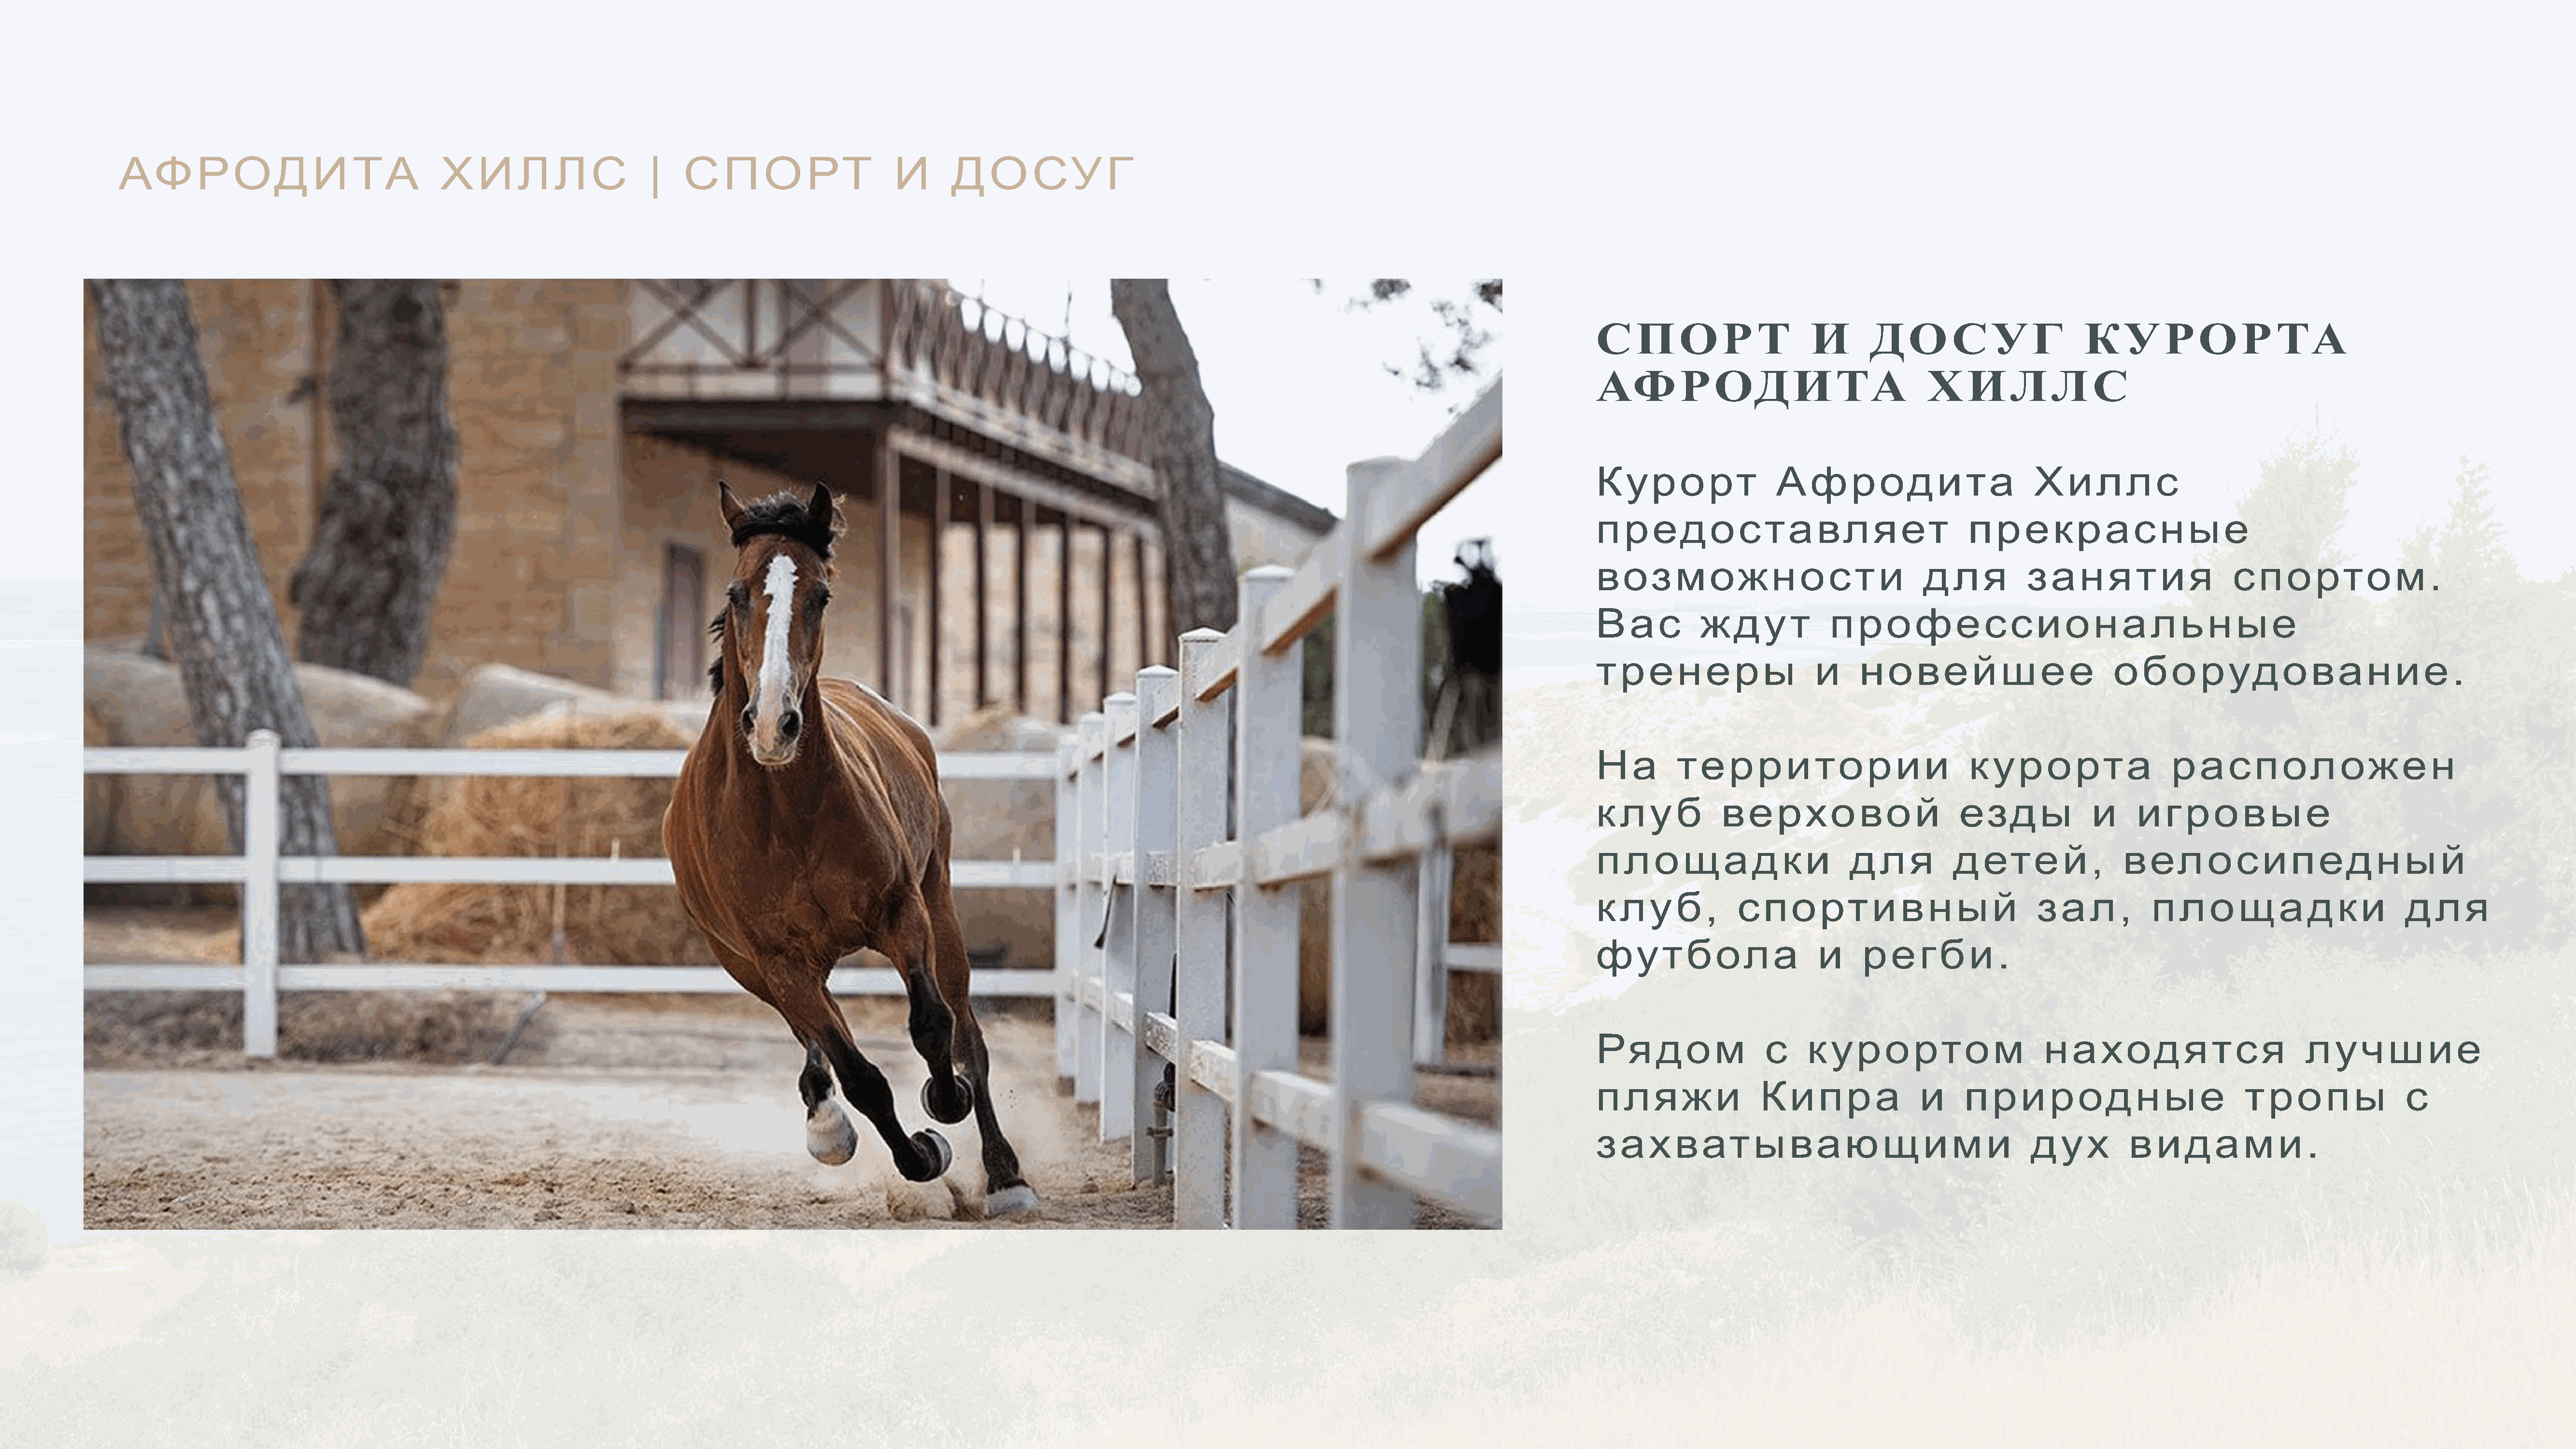
АФРОДИТА                                    ХИЛЛС                        |    СПОРТ                        И      ДОСУГ
 СПОРТ                        И       ДОСУГ                         КУРОРТА
 АФРОДИТА                                     ХИЛЛС
 ККурорт                 Афродита                            Хиллс
 предоставляет                                      прекрасные
 возможности                                  для           занятия                     спортом.
 Вас           ждут              профессиональные
 тренеры                       и     новейшее                           оборудование.
 ННаа       территории                              курорта                     расположен
 клуб             верховой                         езды              и     игровые
 площадки                           для           детей,                 велосипедный
 клуб,              спортивный                               зал,            площадки                           для
 футбола                       и     регби.
 РРядом                 с     курортом                        находятся                           лучшие
 пляжи                 Кипра                 и     природные                              тропы                 с
 захватывающими                                             дух           видами.